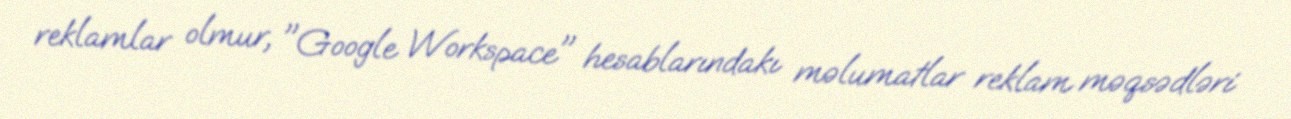
reklamlar olmur, "Google Workspace" hesablarındakı məlumatlar reklam məqsədləri